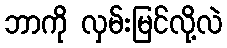
ဘာကို လှမ်းမြင်လို့လဲ